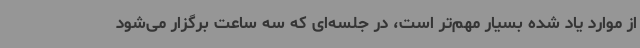
از موارد یاد شده بسیار مهم‌تر است، در جلسه‌ای که سه ساعت برگزار می‌شود